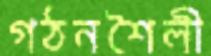
গঠনশৈলী